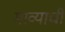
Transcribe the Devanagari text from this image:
माव्याची